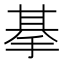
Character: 𢮜